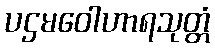
ပဌမဝေါဟာရသုတ္တံ